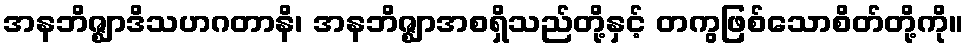
အနဘိဇ္ဈာဒိသဟဂတာနိ၊ အနဘိဇ္ဈာအစရှိသည်တို့နှင့် တကွဖြစ်သောစိတ်တို့ကို။